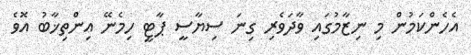
އެހެންކަމުން މި ނިޒާމުގައި ވާދަވެރި ގިނަ ސިޔާސީ ޕާޓީ ހިމެނޭ އިންތިޚާބު އޮވެ